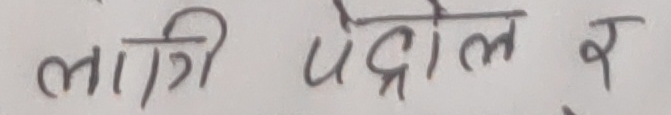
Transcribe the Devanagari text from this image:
लागि पेट्रोल र